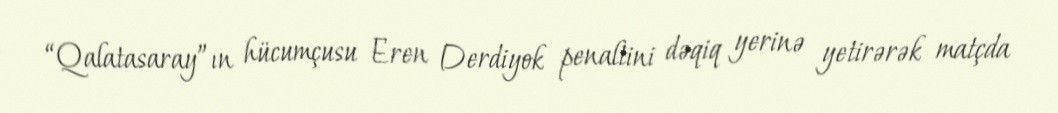
“Qalatasaray”ın hücumçusu Eren Derdiyok penaltini dəqiq yerinə yetirərək matçda